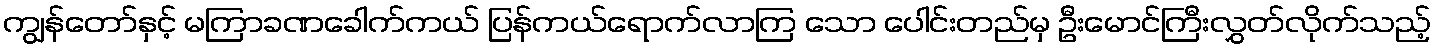
ကျွန်တော်နှင့် မကြာခဏခေါက်ကယ် ပြန်ကယ်ရောက်လာကြ သော ပေါင်းတည်မှ ဦးမောင်ကြီးလွှတ်လိုက်သည့်